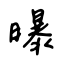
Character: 曝